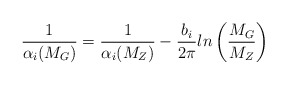
\begin{align*}\frac{1}{\alpha_i(M_G)} = \frac{1}{\alpha_i(M_Z)} - \frac{b_i}{2 \pi} ln \left(\frac{M_G}{M_Z} \right)\end{align*}